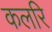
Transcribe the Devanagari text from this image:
कलरि